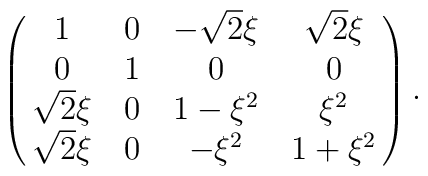
\pmatrix{1 & 0 & -\sqrt{2}\xi & \sqrt{2}\xi \cr0 & 1 & 0 & 0 \cr\sqrt{2}\xi & 0 & 1 - \xi^{2} & \xi^{2} \cr\sqrt{2}\xi & 0 & -\xi^{2} & 1 + \xi^{2}} .